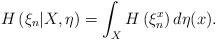
LaTeX: \begin{align*}H\left(\xi_{n}|X,\eta\right)=\int_{X}H\left(\xi_{n}^{x}\right)d\eta(x).\end{align*}